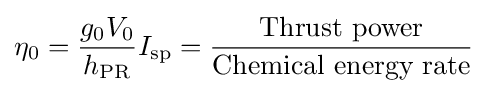
\eta _{0}={\frac {g_{0}V_{0}}{h_{\text{PR}}}}I_{\text{sp}}={\frac {\mbox{Thrust power}}{\mbox{Chemical energy rate}}}